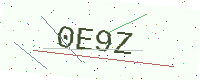
Text: 0E9Z